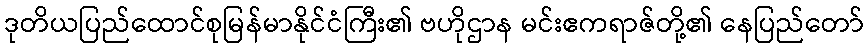
ဒုတိယပြည်ထောင်စုမြန်မာနိုင်ငံကြီး၏ ဗဟိုဌာန မင်းဧကရာဇ်တို့၏ နေပြည်တော်